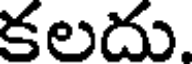
కలదు.